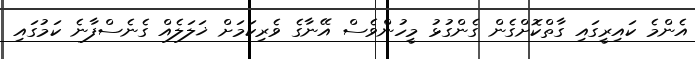
އެންމެ ކައިރީގައި ގާތްކޮށްގެން ގެންގުޅު މީހުންވެސް އޭނާގެ ވެރިކަމަށް ޚަލަލެއް ގެނެސްފާނެ ކަމުގައި